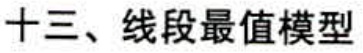
十三、线段最值模型